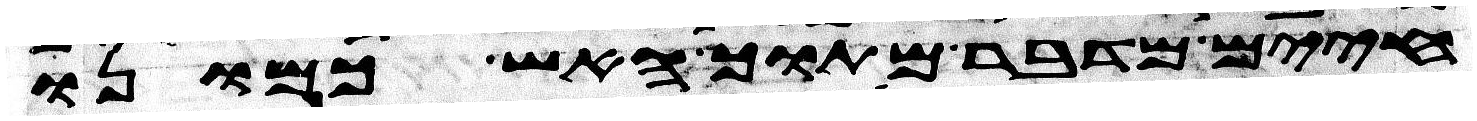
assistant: חיים מדבר מתוך האש כמונו